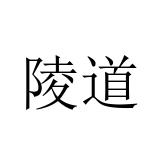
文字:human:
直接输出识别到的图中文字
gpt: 陵道